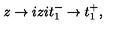
z \rightarrow i z i t _ { 1 } ^ { - } \rightarrow t _ { 1 } ^ { + } ,